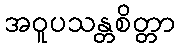
အဝူပသန္တစိတ္တာ